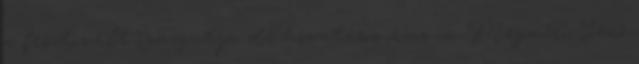
a fesztivált igazgatja de hivatásos orvos is. Megméri Jenő